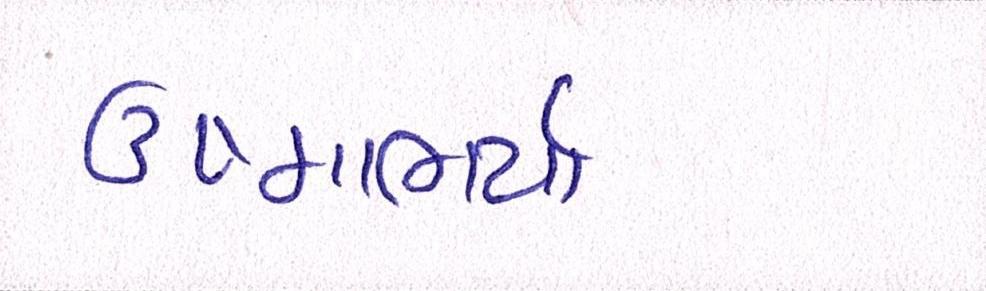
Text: ઉષ્માભર્યાં